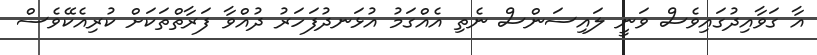
އާ ގަވާއިދުގައިވެސް ވަނީ ލައިސަންސް ނެތި އެއްގަމު އުޅަނދުފަހަރު ދުއްވާ ފަރާތްތަކަށް ކުރިއެކޭވެސް